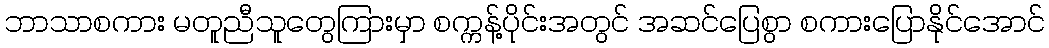
ဘာသာစကား မတူညီသူတွေကြားမှာ စက္ကန့်ပိုင်းအတွင် အဆင်ပြေစွာ စကားပြောနိုင်အောင်